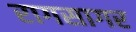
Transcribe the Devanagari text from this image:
रागसागर